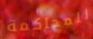
للمحاكمة